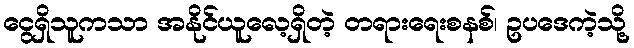
ငွေရှိသူကသာ အနိုင်ယူလေ့ရှိတဲ့ တရားရေးစနစ်၊ ဥပဒေကဲ့သို့